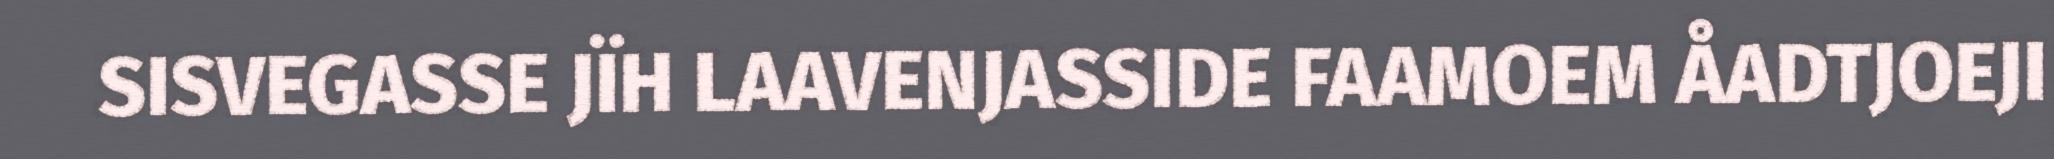
SISVEGASSE JÏH LAAVENJASSIDE FAAMOEM ÅADTJOEJI